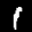
Label: 1